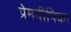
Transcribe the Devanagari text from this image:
प्रेमदीपिका